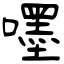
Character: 嚜